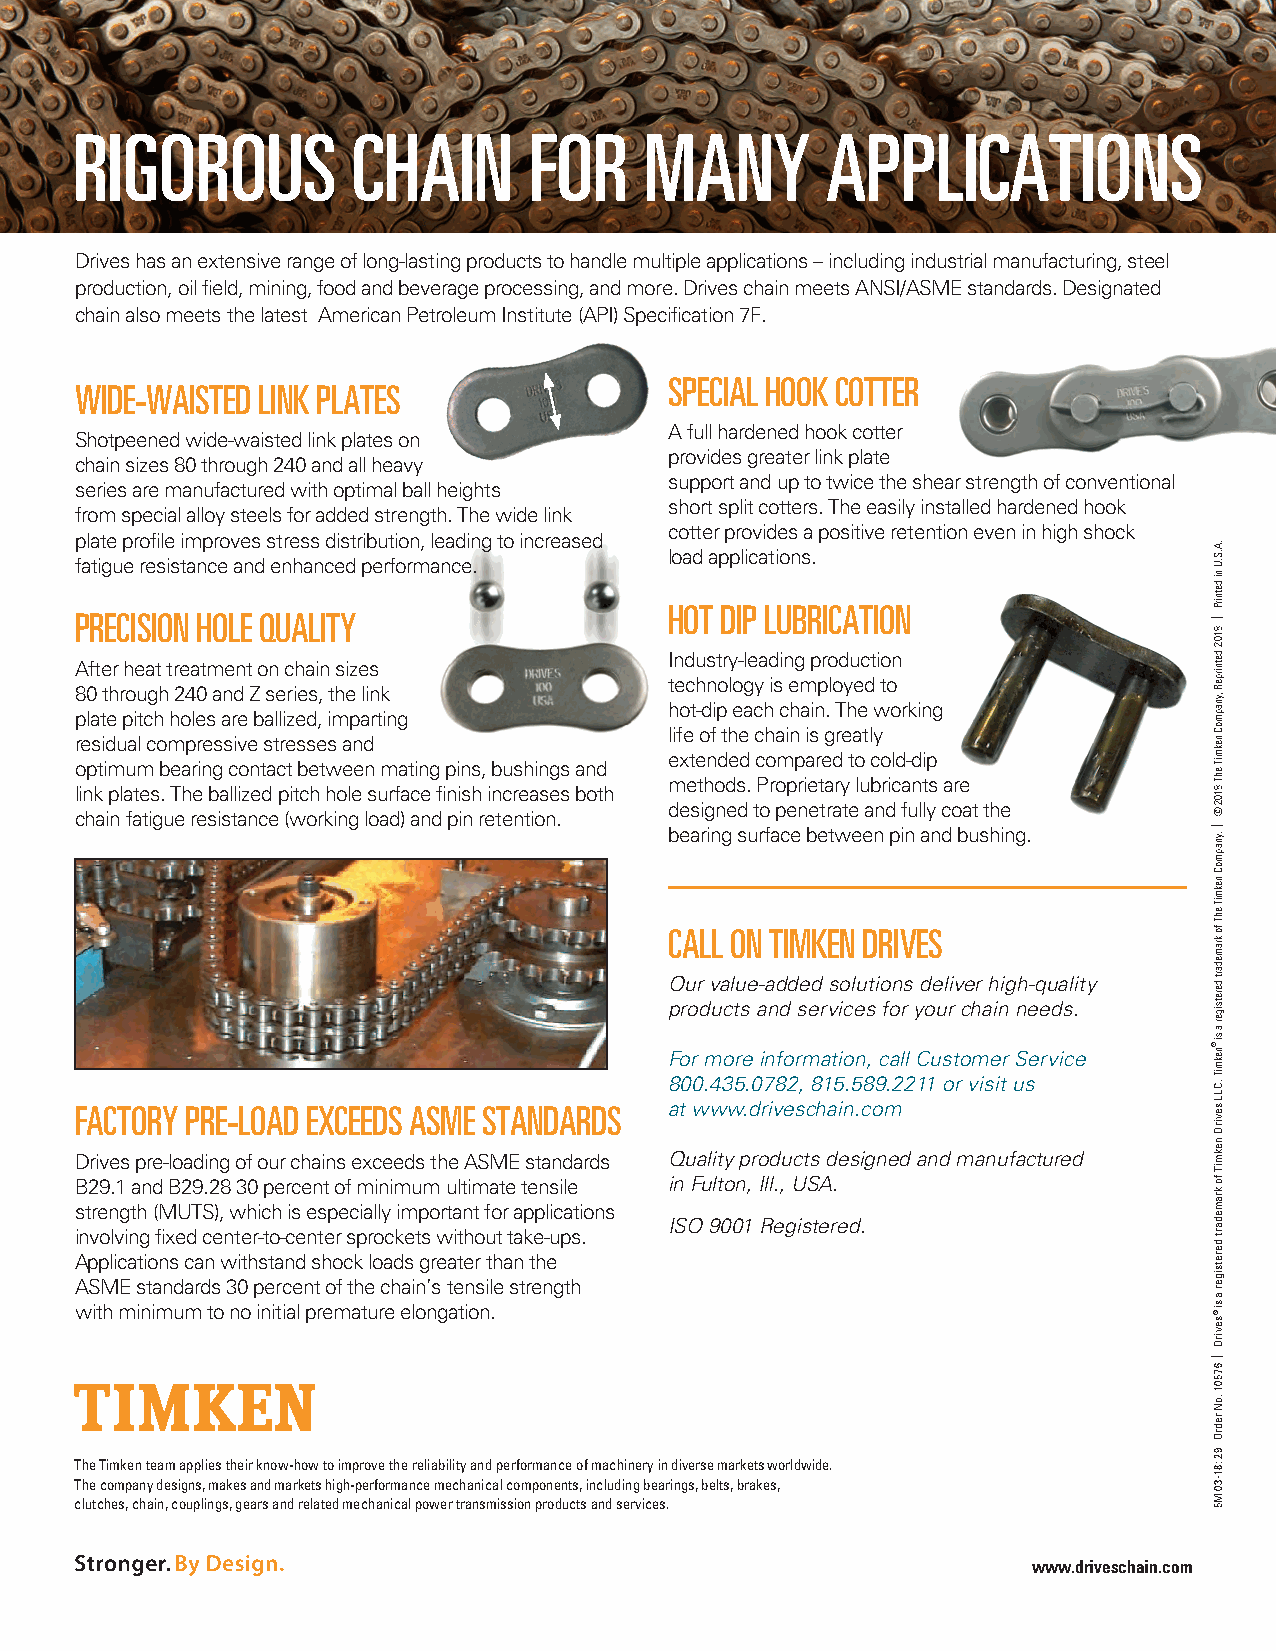
RIGOROUS           CHAIN      FOR     MANY        APPLICATIONS
 Drives has an extensive range of long-lasting products to handle multiple applications – including industrial manufacturing, steel
 production, oil field, mining, food and beverage processing, and more. Drives chain meets ANSI/ASME standards. Designated
 chain also meets the latest American Petroleum Institute (API) Specification 7F.
 SPECIAL HOOK COTTER
 WIDE-WAISTED LINK PLATES
 A full hardened hook cotter
 Shotpeened wide-waisted link plates on
 provides greater link plate
 chain sizes 80 through 240 and all heavy
 support and up to twice the shear strength of conventional
 series are manufactured with optimal ball heights
 short split cotters. The easily installed hardened hook
 from special alloy steels for added strength. The wide link
 cotter provides a positive retention even in high shock
 plate profile improves stress distribution, leading to increased
 load applications.
 fatigue resistance and enhanced performance.
 HOT DIP LUBRICATION
 PRECISION HOLE QUALITY
 Industry-leading production
 After heat treatment on chain sizes
 technology is employed to
 80 through 240 and Z series, the link
 hot-dip each chain. The working
 plate pitch holes are ballized, imparting
 life of the chain is greatly
 residual compressive stresses and
 extended compared to cold-dip
 optimum bearing contact between mating pins, bushings and
 methods. Proprietary lubricants are
 link plates. The ballized pitch hole surface finish increases both
 designed to penetrate and fully coat the chain fatigue resistance (working load) and pin retention.
 bearing surface between pin and bushing.
 CALL ON TIMKEN DRIVES
 Our value-added solutions deliver high-quality
 products and services for your chain needs.
 For more information, call Customer Service
 800.435.0782, 815.589.2211 or visit us
 FACTORY PRE-LOAD EXCEEDS ASME STANDARDS at www.driveschain.com
 Drives pre-loading of our chains exceeds the ASME standards Quality products designed and manufactured
 B29.1 and B29.28 30 percent of minimum ultimate tensile in Fulton, Ill., USA.
 strength (MUTS), which is especially important for applications
 ISO 9001 Registered.
 involving fixed center-to-center sprockets without take-ups.
 Applications can withstand shock loads greater than the
 ASME standards 30 percent of the chain’s tensile strength
 with minimum to no initial premature elongation.
 The Timken team applies their know-how to improve the reliability and performance of machinery in diverse markets worldwide.
 The company designs, makes and markets high-performance mechanical components, including bearings, belts, brakes,
 clutches, chain, couplings, gears and related mechanical power transmission products and services.
 www.driveschain.com
 .A.S.U
 ni
 detnirP
 |
 8102
 detnirpeR
 ,ynapmoC
 nekmiT
 ehT
 8102
 ©
 | .ynapmoC
 nekmiT
 ehT
 fo
 kramedart
 deretsiger
 a
 si
 ®nekmiT
 .CLL
 sevirD
 nekmiT
 fo
 kramedart
 deretsiger
 a
 si
 ®sevirD
 |
 67501
 .oN
 redrO
 92
 :81-30
 M5